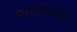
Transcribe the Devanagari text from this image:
माहात्म्यांचे